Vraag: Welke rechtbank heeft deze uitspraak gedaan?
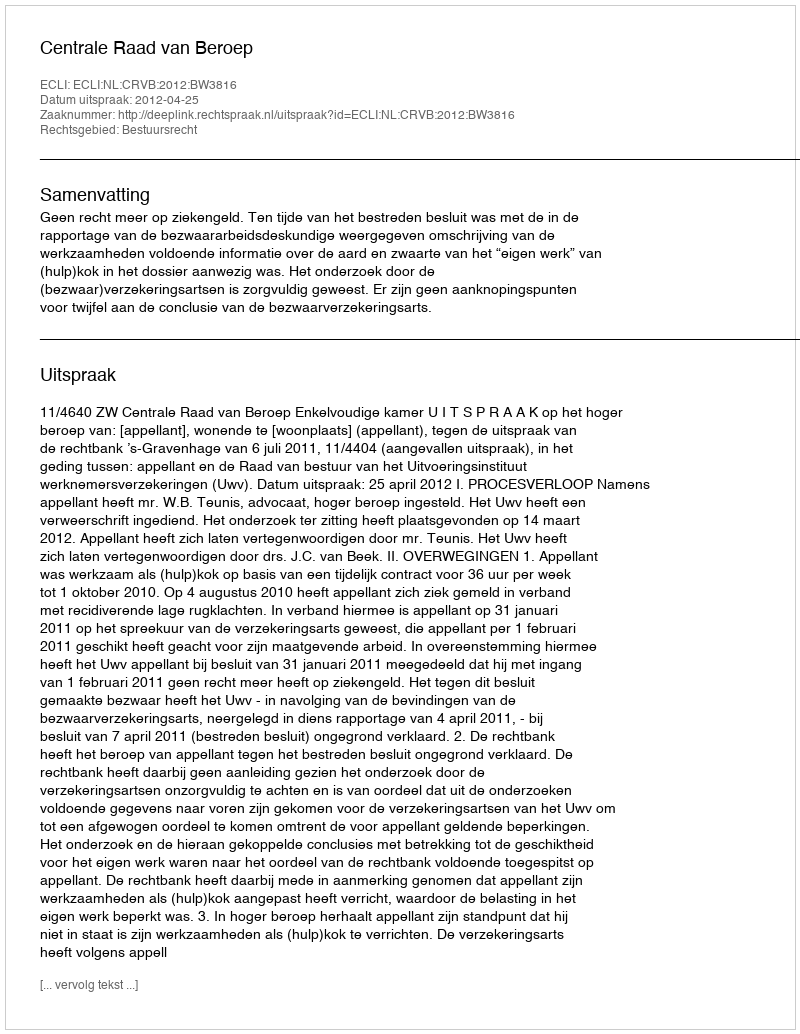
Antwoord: Centrale Raad van Beroep